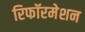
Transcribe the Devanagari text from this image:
रिफॉरमेशन